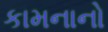
કામનાનો